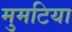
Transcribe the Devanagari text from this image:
मुमटिया